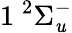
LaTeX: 1\phantom{A}\! \! \! ^{2}\Sigma_{\mathit{u}}^{-}